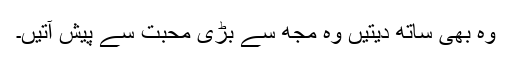
وہ بھی ساتھ دیتیں وہ مجھ سے بڑی محبت سے پیش آتیں۔